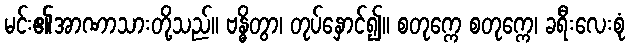
မင်း၏အာဏာသားတို့သည်။ ဗန္ဓိတွာ၊ တုပ်နှောင်၍။ စတုက္ကေ စတုက္ကေ၊ ခရီးလေးစုံ